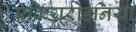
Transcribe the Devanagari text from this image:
एकियूरोइनिया